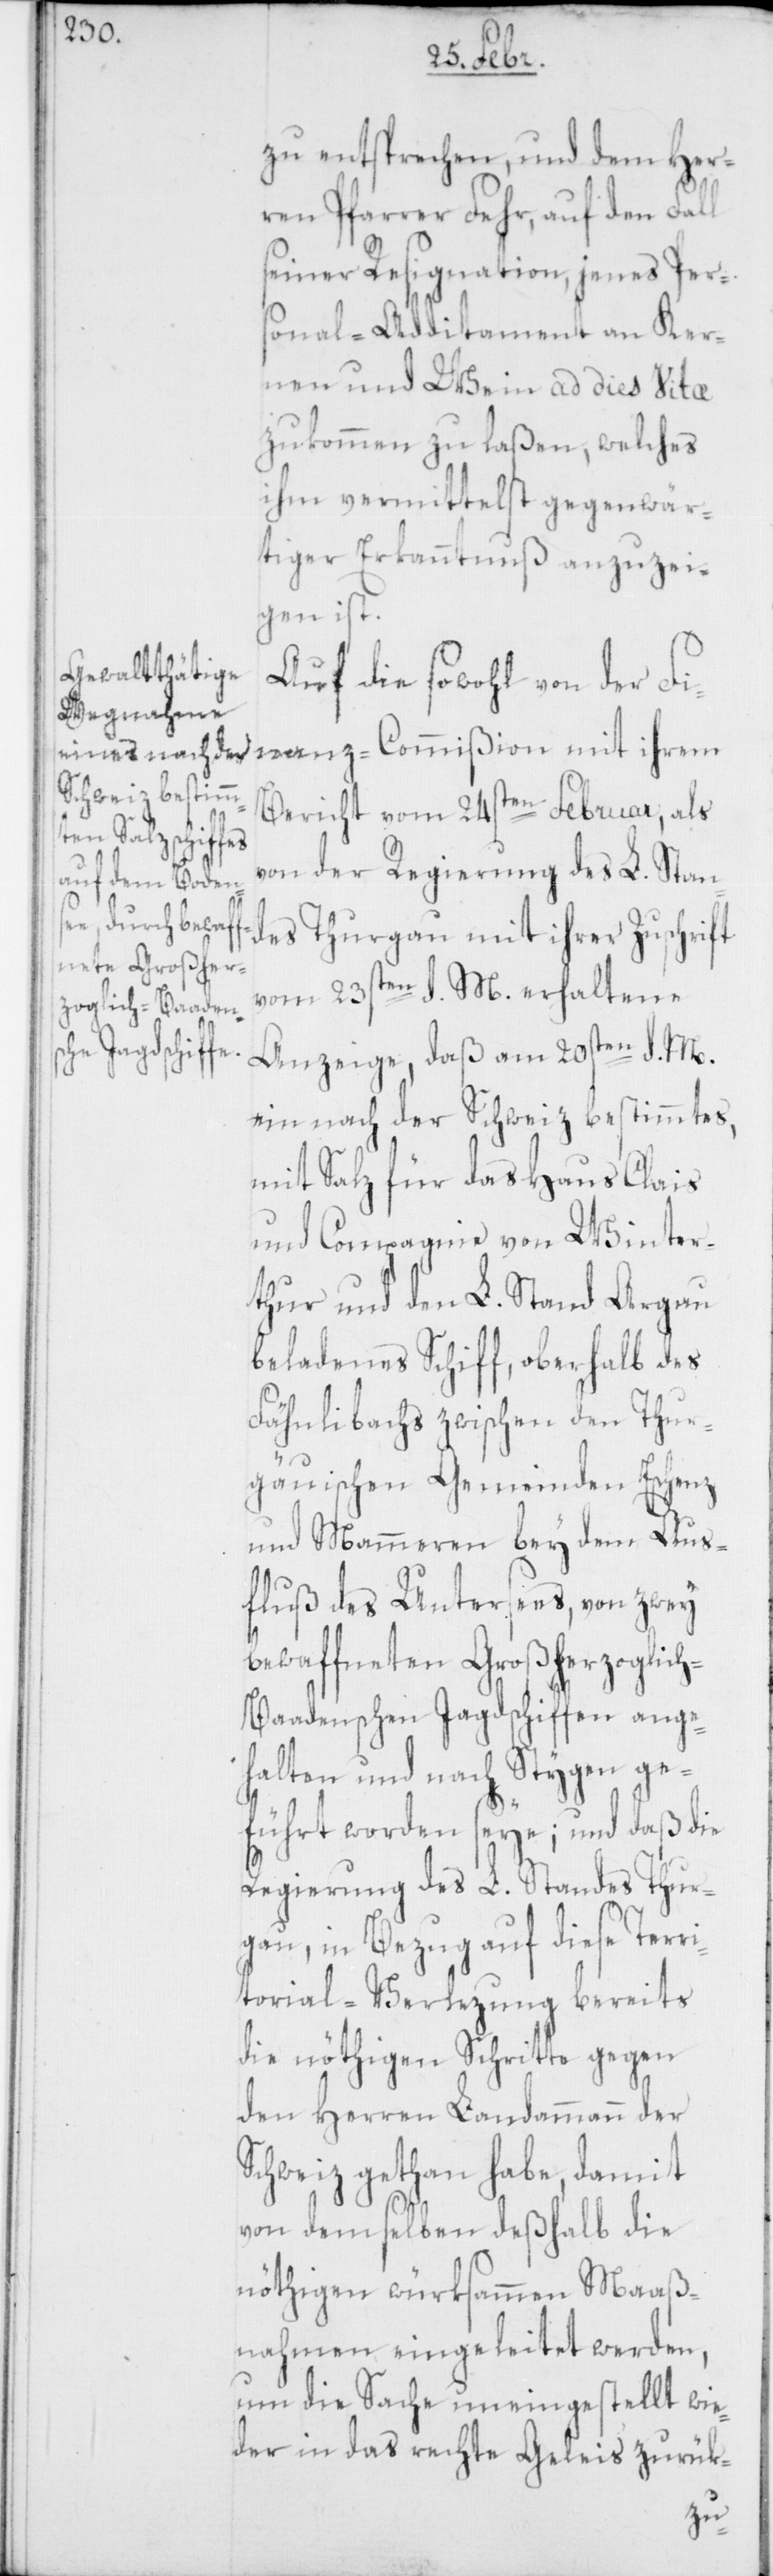
zu entsprechen, und dem Her¬
ren Pfarrer Fehr, auf den Fall
seiner Resignation, jenes Pers¬
onal-Additament an Ker¬
nen und Wein ad dies vitae
zukommen zu laßen, welches
ihm vermittelst gegenwär¬
tiger Erkanntnuß anzuzei¬
gen ist.
Auf die sowohl von der Fi¬
nanz-Commißion mit ihrem
Bericht vom 24sten Februar, als
von der Regierung des L. Stan¬
des Thurgau mit ihrer Zuschrift
vom 23sten d. M. erhaltene
Anzeige, daß am 20sten d. M.
ein nach der Schweiz bestimmtes,
mit Salz für das Haus Clais
& Compagnie von Winter¬
thur und den L. Stand Argau
beladenes Schiff, oberhalb des
Fähnlibachs zwischen den Thur¬
gauischen Gemeinden Eschenz
und Mammern bey dem Aus¬
fluß des Untersees, von zwey
bewaffneten Großherzoglic¬
h-Baadenschen Jagdschiffen ange¬
halten und nach Stygen ge¬
führt worden seye; und daß die
Regierung des L. Standes Thur¬
gau, in Bezug auf diese Terri¬
torial-Verlezung bereits
die nöthigen Schritte gegen
den Herren Landammann der
Schweiz gethan habe, damit
von demselben deshalb die
nöthigen würksammen Maaß¬
nahmen eingeleitet werden,
um die Sache uneingestellt wie¬
der in das rechte Geleis zurük-